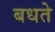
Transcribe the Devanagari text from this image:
बधते